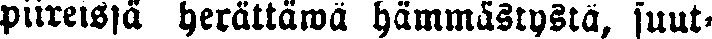
piireissä herättäwä hämmästystä, suut-